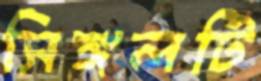
সিঙ্গলটি